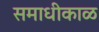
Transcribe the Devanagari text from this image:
समाधीकाळ